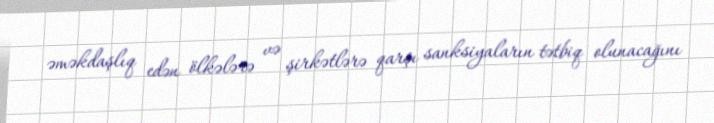
əməkdaşlıq edən ölkələrə və şirkətlərə qarşı sanksiyaların tətbiq olunacağını